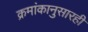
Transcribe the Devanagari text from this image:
क्रमांकानुसारही